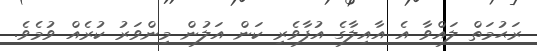
ރަޙުމަތް ލައްވާ އެ އާއިލާގެ އުފާވެރި ކަން އަލުން މިންވަރު ކުރެއް ވުމެވެ.